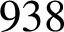
9 3 8